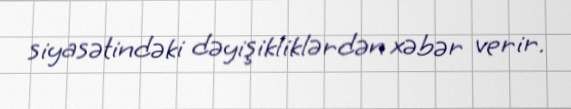
siyasətindəki dəyişikliklərdən xəbər verir.